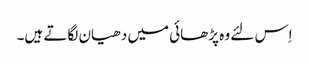
اِس لئے وہ پڑھائی میں دھیان لگاتے ہیں۔